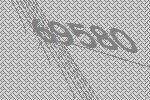
69580